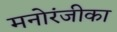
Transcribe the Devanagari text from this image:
मनोरंजीका